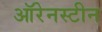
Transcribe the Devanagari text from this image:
ऑरेनस्टीन